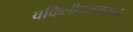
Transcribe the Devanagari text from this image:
वकिलीव्यवसायाशी